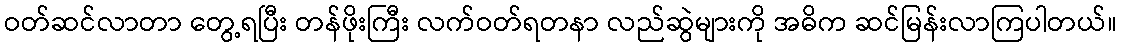
ဝတ်ဆင်လာတာ တွေ့ရပြီး တန်ဖိုးကြီး လက်ဝတ်ရတနာ လည်ဆွဲများကို အဓိက ဆင်မြန်းလာကြပါတယ်။